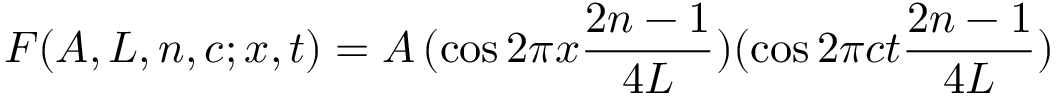
F ( A , L , n , c ; x , t ) = A \, ( \cos 2 \pi x { \frac { 2 n - 1 } { 4 L } } ) ( \cos 2 \pi c t { \frac { 2 n - 1 } { 4 L } } )